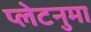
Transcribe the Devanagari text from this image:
प्‍लेटनुमा